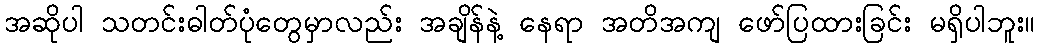
အဆိုပါ သတင်းဓါတ်ပုံတွေမှာလည်း အချိန်နဲ့ နေရာ အတိအကျ ဖော်ပြထားခြင်း မရှိပါဘူး။